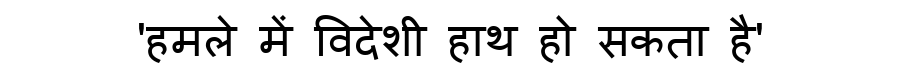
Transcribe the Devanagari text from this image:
'हमले में विदेशी हाथ हो सकता है'